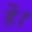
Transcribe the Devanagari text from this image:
र्हे।